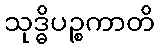
သုဒ္ဓိပဉ္စကာတိ